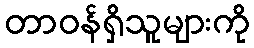
တာဝန်ရှိသူများကို